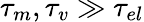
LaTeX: \tau_{m},\tau_{v}\gg\tau_{el}